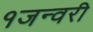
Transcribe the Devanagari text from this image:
१जन्वरी